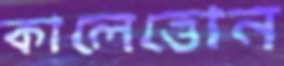
কালেত্তোন